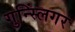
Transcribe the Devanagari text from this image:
गुन्स्लिंगर